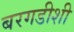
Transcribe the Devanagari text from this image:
बरगडीशी